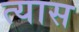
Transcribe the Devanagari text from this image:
त्‍यास